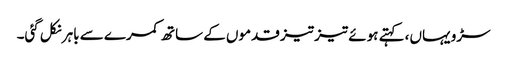
سڑو یہاں، کہتے ہوئے تیز تیز قدموں کے ساتھ کمرے سے باہر نکل گئی۔